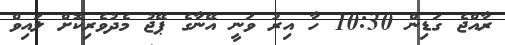
ރާއްޖެ ގަޑިން 10:30 ހާ އިރު ވަނީ އޭނާގެ ޕޭޖު މެދުވެރިކޮށް ލައިވް